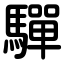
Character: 驒